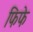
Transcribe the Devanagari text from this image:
फिफे